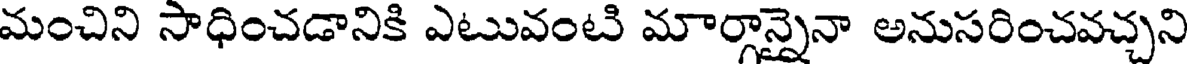
మంచిని సాధించడానికి ఎటువంటి మార్గాన్నైనా అనుసరించవచ్చని